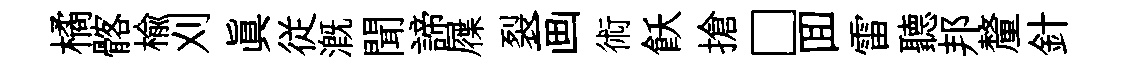
橘髂榆刈真従溉聞諦屧裂画術飫搶□囬雷聽邦釐針